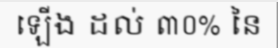
ឡើង ដល់ ៣០% នៃ